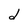
Character: d